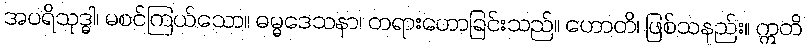
အပရိသုဒ္ဓါ၊ မစင်ကြယ်သော။ ဓမ္မဒေသနာ၊ တရားဟောခြင်းသည်။ ဟောတိ၊ ဖြစ်သနည်း။ ဣတိ